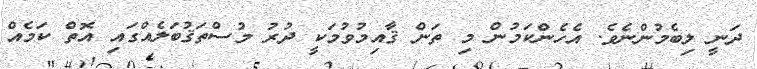
ދަނީ ލިބެމުންނެވެ. އެހެންކަމުން މި ތަން ޤާއިމުވުމަކީ ދުރު މުސްތަޤުބަލެއްގައި އޮތް ކަމެއް